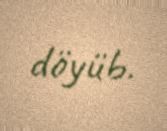
döyüb.